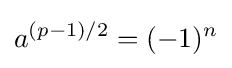
a^{(p-1)/2}=(-1)^{n}